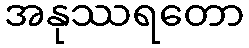
အနုဿရတော